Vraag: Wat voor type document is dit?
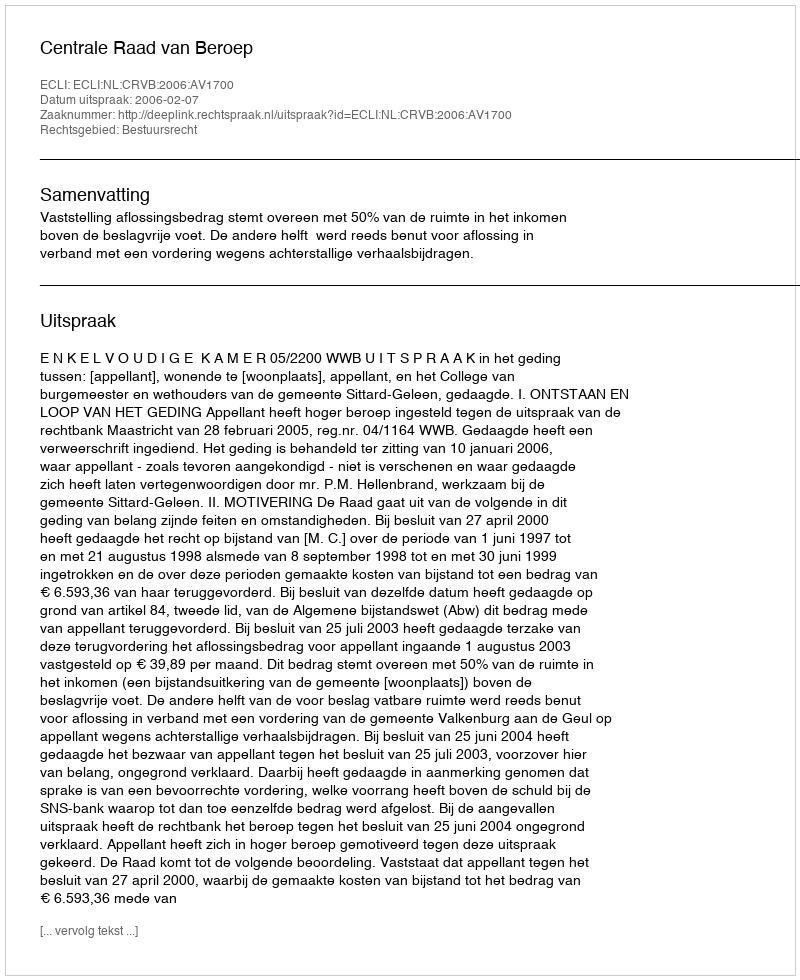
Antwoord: Uitspraak